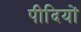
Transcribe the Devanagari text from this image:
पीदियों